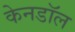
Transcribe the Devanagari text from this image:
केनडॉल